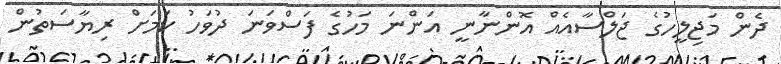
ދެން މަޖިލީހުގެ ޖަލްސާއެއް އޮންނާނީ އަންނަ މަހުގެ ފަސްވަނަ ދުވަހު ކަމަށް ރިޔާސަތުން